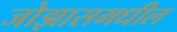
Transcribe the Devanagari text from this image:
जोझासमधील